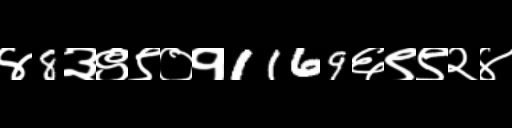
Text: ४8३९९०१1169६९९२४